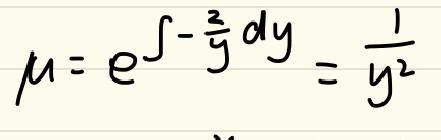
\(\mu = e^{\int -\frac{2}{y}dy}=\frac{1}{y^{2}}\)